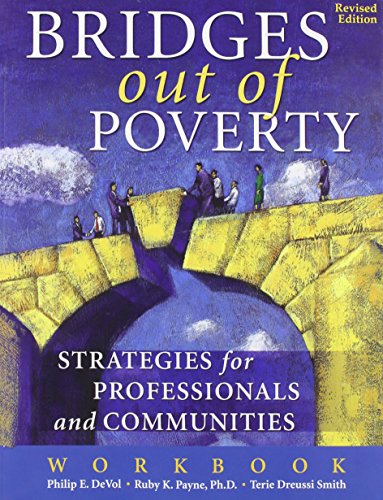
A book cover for Bridges Out of Poverty: Strategies for Professionals and Communities Workbook; Philip E. DeVol; Politics & Social Sciences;